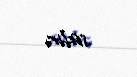
salır.